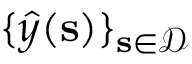
\{ \boldsymbol { { \widehat { y } } } ( \mathbf { s } ) \} _ { \mathbf { s } \in \mathcal { D } }